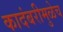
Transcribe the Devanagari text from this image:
कादंबरीमुळेच